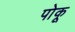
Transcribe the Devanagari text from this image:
पोकू